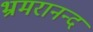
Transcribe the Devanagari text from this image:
भ्रमरानन्‍द